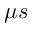
\mu s